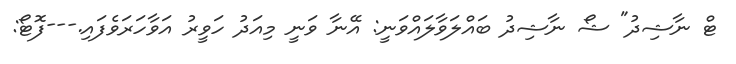
ޓް ނާޝިދު" ޝޯ ނާޝިދު ބައްލަވާލައްވަނީ: އޭނާ ވަނީ މިއަދު ހަވީރު އަވާހަރަވެފައި.---ފޮޓޯ: